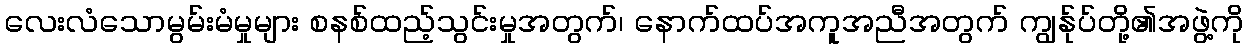
လေးလံသောမွမ်းမံမှုများ စနစ်ထည့်သွင်းမှုအတွက်၊ နောက်ထပ်အကူအညီအတွက် ကျွန်ုပ်တို့၏အဖွဲ့ကို